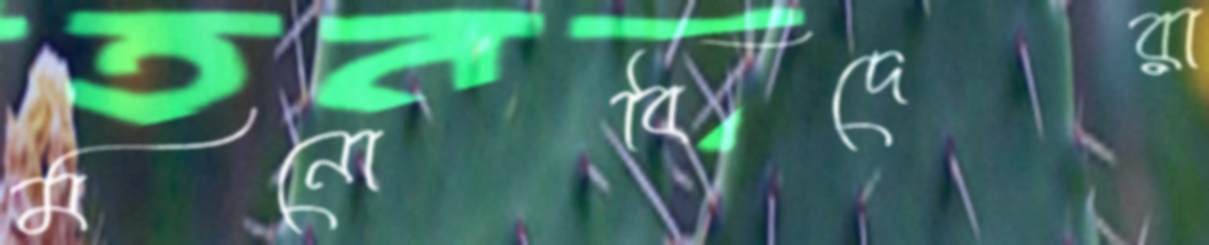
মনোবিদেরা